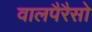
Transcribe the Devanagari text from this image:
वालपैरैसो